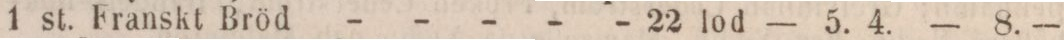
1 st. Franskt Bröd - - - - - 22 lod    — 5. 4.    — 8. —